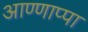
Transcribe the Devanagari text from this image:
आण्णाप्पा